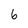
Character: 6